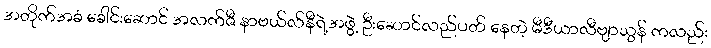
အတိုက်အခံ ခေါင်းဆောင် အလက်ဇီ နာဗယ်လ်နီရဲ့အဖွဲ့ ဦးဆောင်လည်ပတ် နေတဲ့ မီဒီယာလီဗျာသွန် ကလည်း